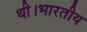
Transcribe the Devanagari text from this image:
थी।भारतीय